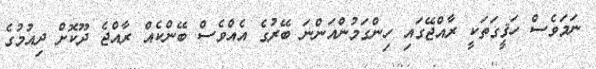
ނަމަވެސް ހަޤީގަތަކީ ރާއްޖޭގައި ހިންގަމުންއަންނަ ބޭރުގެ އެއްވެސް ބޭންކެއް ރާއްޖެ ދޫކޮށް ދިއުމުގެ